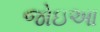
જોઇઆ